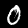
Digit: 0